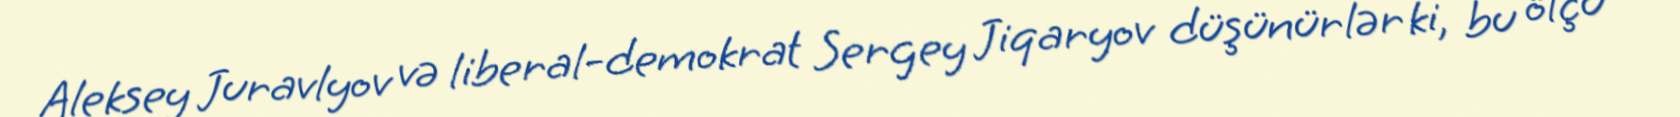
Aleksey Juravlyov və liberal-demokrat Sergey Jiqaryov düşünürlər ki, bu ölçü